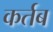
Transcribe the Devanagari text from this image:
कर्तब